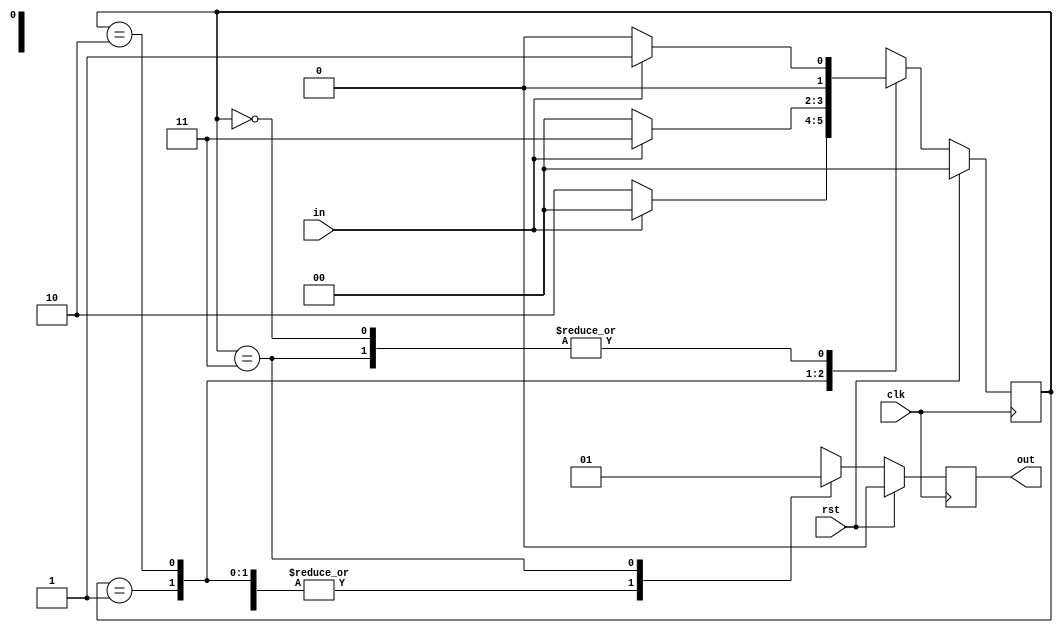

module moorefsm(input in,input clk,input rst,output reg out);
  reg [1:0] cst;//current state
  reg [1:0] nst;//next state
  parameter [1:0]s0=2'b00;
  parameter [1:0]s1=2'b01;
  parameter [1:0]s2=2'b10;
  parameter [1:0]s3=2'b11;
always@(posedge clk)
begin
  if(rst)begin
    out=1'b0;
    cst=s0;
    nst=s0;end
  else
    begin
    cst=nst;
    case(cst)
  s0:begin    
      out=1'b0; 
     if(in) 
       nst=s1;
     else begin
      nst=s0;end 
    end
  s1:begin
      out=1'b0; 
      if(in)
       nst=s0;
      else begin
       nst=s2;end
     end
  s2 :begin   
        out=1'b0;
        if(in)
         nst=s3;
        else begin
         nst=s0;end 
      end
  s3:begin    
        out=1'b1; 
       if(in) 
         nst=s1;
       else begin
       nst=s0 ;end
     end
    endcase
end
end
endmodule